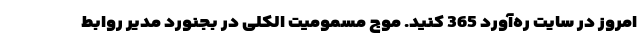
امروز در سایت ره‌آورد 365 کنید. موج مسمومیت الکلی در بجنورد مدیر روابط